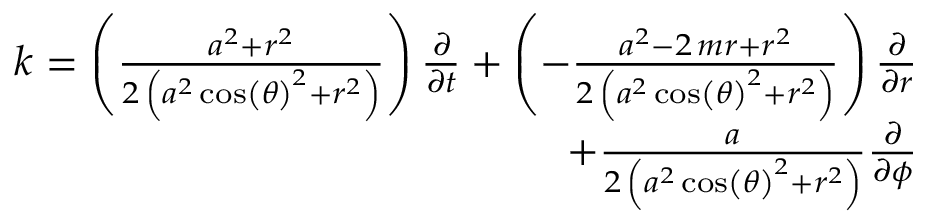
\begin{array} { r } { k = \left( \frac { a ^ { 2 } + r ^ { 2 } } { 2 \, { \left( a ^ { 2 } \cos \left( { \theta } \right) ^ { 2 } + r ^ { 2 } \right) } } \right) \frac { \partial } { \partial t } + \left( - \frac { a ^ { 2 } - 2 \, m r + r ^ { 2 } } { 2 \, { \left( a ^ { 2 } \cos \left( { \theta } \right) ^ { 2 } + r ^ { 2 } \right) } } \right) \frac { \partial } { \partial r } } \\ { + \frac { a } { 2 \, { \left( a ^ { 2 } \cos \left( { \theta } \right) ^ { 2 } + r ^ { 2 } \right) } } \frac { \partial } { \partial { \phi } } } \end{array}